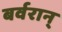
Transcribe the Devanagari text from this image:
बर्वरान्